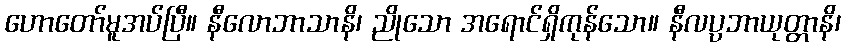
ဟောတော်မူအပ်ပြီ။ နီလောဘာသာနိ၊ ညိုသော အရောင်ရှိကုန်သော။ နီလပ္ပဘာယုတ္တာနိ၊